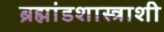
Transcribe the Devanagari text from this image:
ब्रह्मांडशास्त्राशी